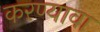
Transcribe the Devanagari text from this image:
करण्यावा